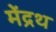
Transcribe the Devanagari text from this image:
मेंद्रथ